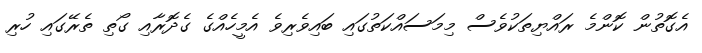
އެގޮތުން ކޮންމެ ރައްޔިތަކުވެސް މިމަސައްކަތުގައި ބައިވެރިވެ އެމީހެއްގެ ގެދޮރާއި ގޯތި ތެރޭގައި ހުރި